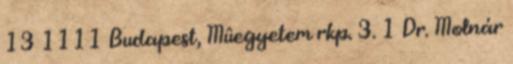
13 1111 Budapest, Mûegyetem rkp. 3. 1 Dr. Molnár